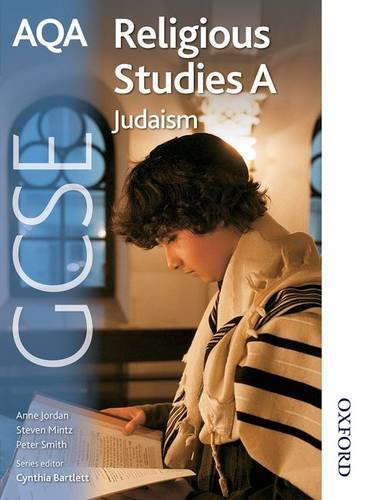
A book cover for AQA GCSE Religious Studies A - Judaism; Teen & Young Adult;